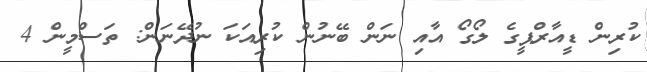
ކުރިން ޑީއާރްޕީގެ ލޯގޯ އާއި ނަން ބޭނުން ކުރިއަކަ ނުދޭނަން: ތަސްމީން 4